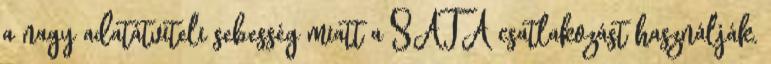
a nagy adatátviteli sebesség miatt a SATA csatlakozást használják.